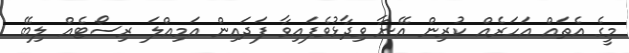
މީގެ އެތައް އަހަރެއް ކުރިން އޭނާ ވިދާޅުވެފައިވާ ފަދައިން އަމިއްލަ ރިސޯޓެއް ލިބޭ